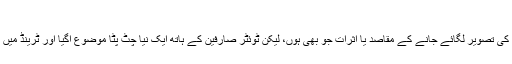
عدنان سمیع کی ٹوئٹر پروفائل
امیتابھ بچن کا ٹوئٹر اکاؤنٹ ہیک ہونے اور ان کی جگہ وزیر اعظم عمران خان کی تصویر لگائے جانے کے مقاصد یا اثرات جو بھی ہوں، لیکن ٹوئٹر صارفین کے ہاتھ ایک نیا چٹ پٹا موضوع آگیا اور ٹرینڈ میں مختلف چٹکلے، آرا اور تجاویز سامنے آتی رہیں جن میں سے چند کچھ یوں ہیں۔